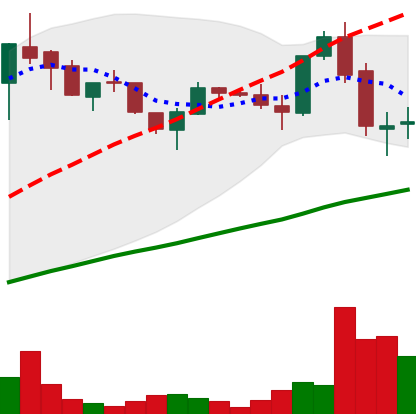
Ticker: LTC-USD
Chart end date: 2017-05-28
Forward return: 19.504%
Label: up_7plus